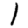
Digit: 1